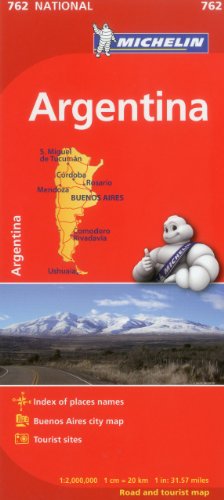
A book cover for Argentina Road Map 1:2M Michelin 762 (Maps/Country (Michelin)); Michelin Travel & Lifestyle; Travel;